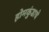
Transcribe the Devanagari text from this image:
होमकुंडाचे